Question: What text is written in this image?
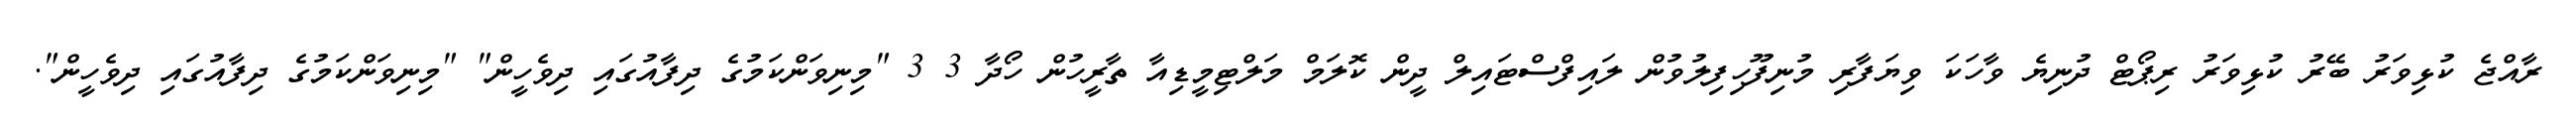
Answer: ރާއްޖެ ކުޅިވަރު ބޭރު ކުޅިވަރު ރިޕޯޓް ދުނިޔެ ވާހަކަ ވިޔަފާރި މުނިފޫހިފިލުވުން ލައިފްސްޓައިލް ދީން ކޮލަމް މަލްޓިމީޑިއާ ތާރީހުން ހޯދާ 3 3 "މިނިވަންކަމުގެ ދިފާއުގައި ދިވެހީން" "މިނިވަންކަމުގެ ދިފާއުގައި ދިވެހީން".